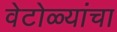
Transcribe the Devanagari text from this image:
वेटोळ्यांचा